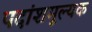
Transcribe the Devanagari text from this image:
पदांशमूल्यक